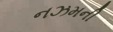
નઝમની